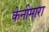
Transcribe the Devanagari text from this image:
केनीमारा